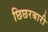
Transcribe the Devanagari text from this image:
छिछरबारी